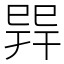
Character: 𢁅